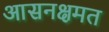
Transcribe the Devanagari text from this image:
आसनक्षमत